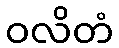
ဝလိတံ